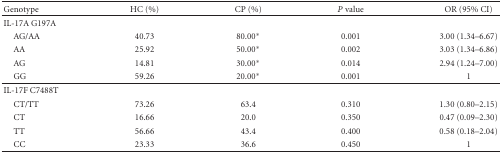
| Genotype | HC (%) | CP (%) | P value | OR (95% CI) |
 | --- | --- | --- | --- | --- |
 | IL-17A G197A |  |  |  |  |
 | AG/AA | 40.73 | 80.00* | 0.001 | 3.00 (1.34–6.67) |
 | AA | 25.92 | 50.00* | 0.002 | 3.03 (1.34–6.86) |
 | AG | 14.81 | 30.00* | 0.014 | 2.94 (1.24–7.00) |
 | GG | 59.26 | 20.00* | 0.001 | 1 |
 | IL-17F C7488T |  |  |  |  |
 | CT/TT | 73.26 | 63.4 | 0.310 | 1.30 (0.80–2.15) |
 | CT | 16.66 | 20.0 | 0.350 | 0.47 (0.09–2.30) |
 | TT | 56.66 | 43.4 | 0.400 | 0.58 (0.18–2.04) |
 | CC | 23.33 | 36.6 | 0.450 | 1 |